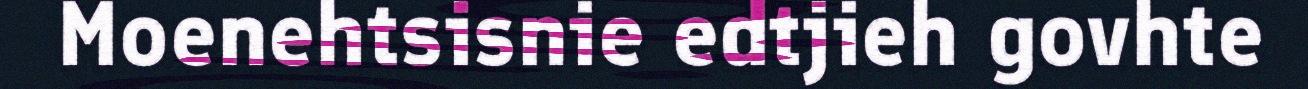
Moenehtsisnie edtjieh govhte